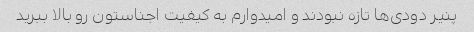
پنیر دودی‌ها تازه نبودند و امیدوارم به کیفیت اجناستون رو بالا ببرید